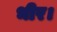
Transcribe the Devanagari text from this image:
भीर।